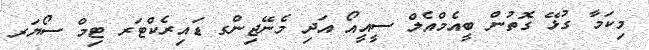
މިކަމާ ގުޅޭ ގޮތުން ބީއެމްއެލް ސީއީއޯ އަދި މެނޭޖިންގ ޑައިރެކްޓަރ ޓިމް ސޯޔަރ